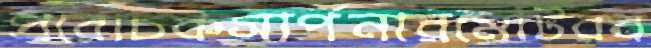
প্ররোচকসার্পনারমোটরব